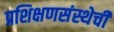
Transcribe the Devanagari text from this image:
प्रशिक्षणसंस्थेची